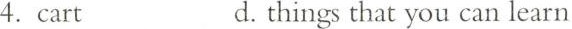
4. cart d. things that you can learn